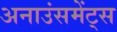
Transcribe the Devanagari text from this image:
अनाउंसमेंट्स